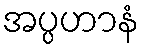
အပ္ပဟာနံ